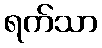
ရက်သာ